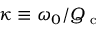
\kappa \equiv \omega _ { 0 } / Q _ { \mathrm { ~ c ~ } }